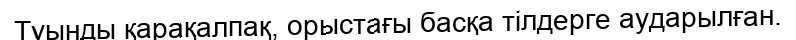
Туынды қарақалпақ, орыстағы басқа тілдерге аударылған.